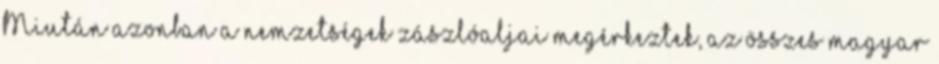
Miután azonban a nemzetségek zászlóaljai megérkeztek, az összes magyar